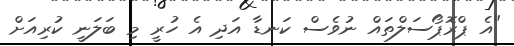
"އެ ޕްރޮޕޯސަލްތައް ނުވެސް ކަނޑާ އަދި އެ ހުރީ މި ބަލަނީ ކުރިއަށް